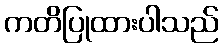
ကတိပြုထားပါသည်